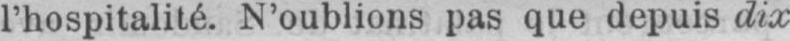
l’hospitalité. N’oublions pas que depuis dix